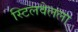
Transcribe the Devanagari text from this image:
स्टिलवेलला